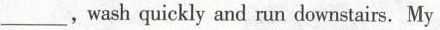
\underline, wash quickly and run downstairs. My